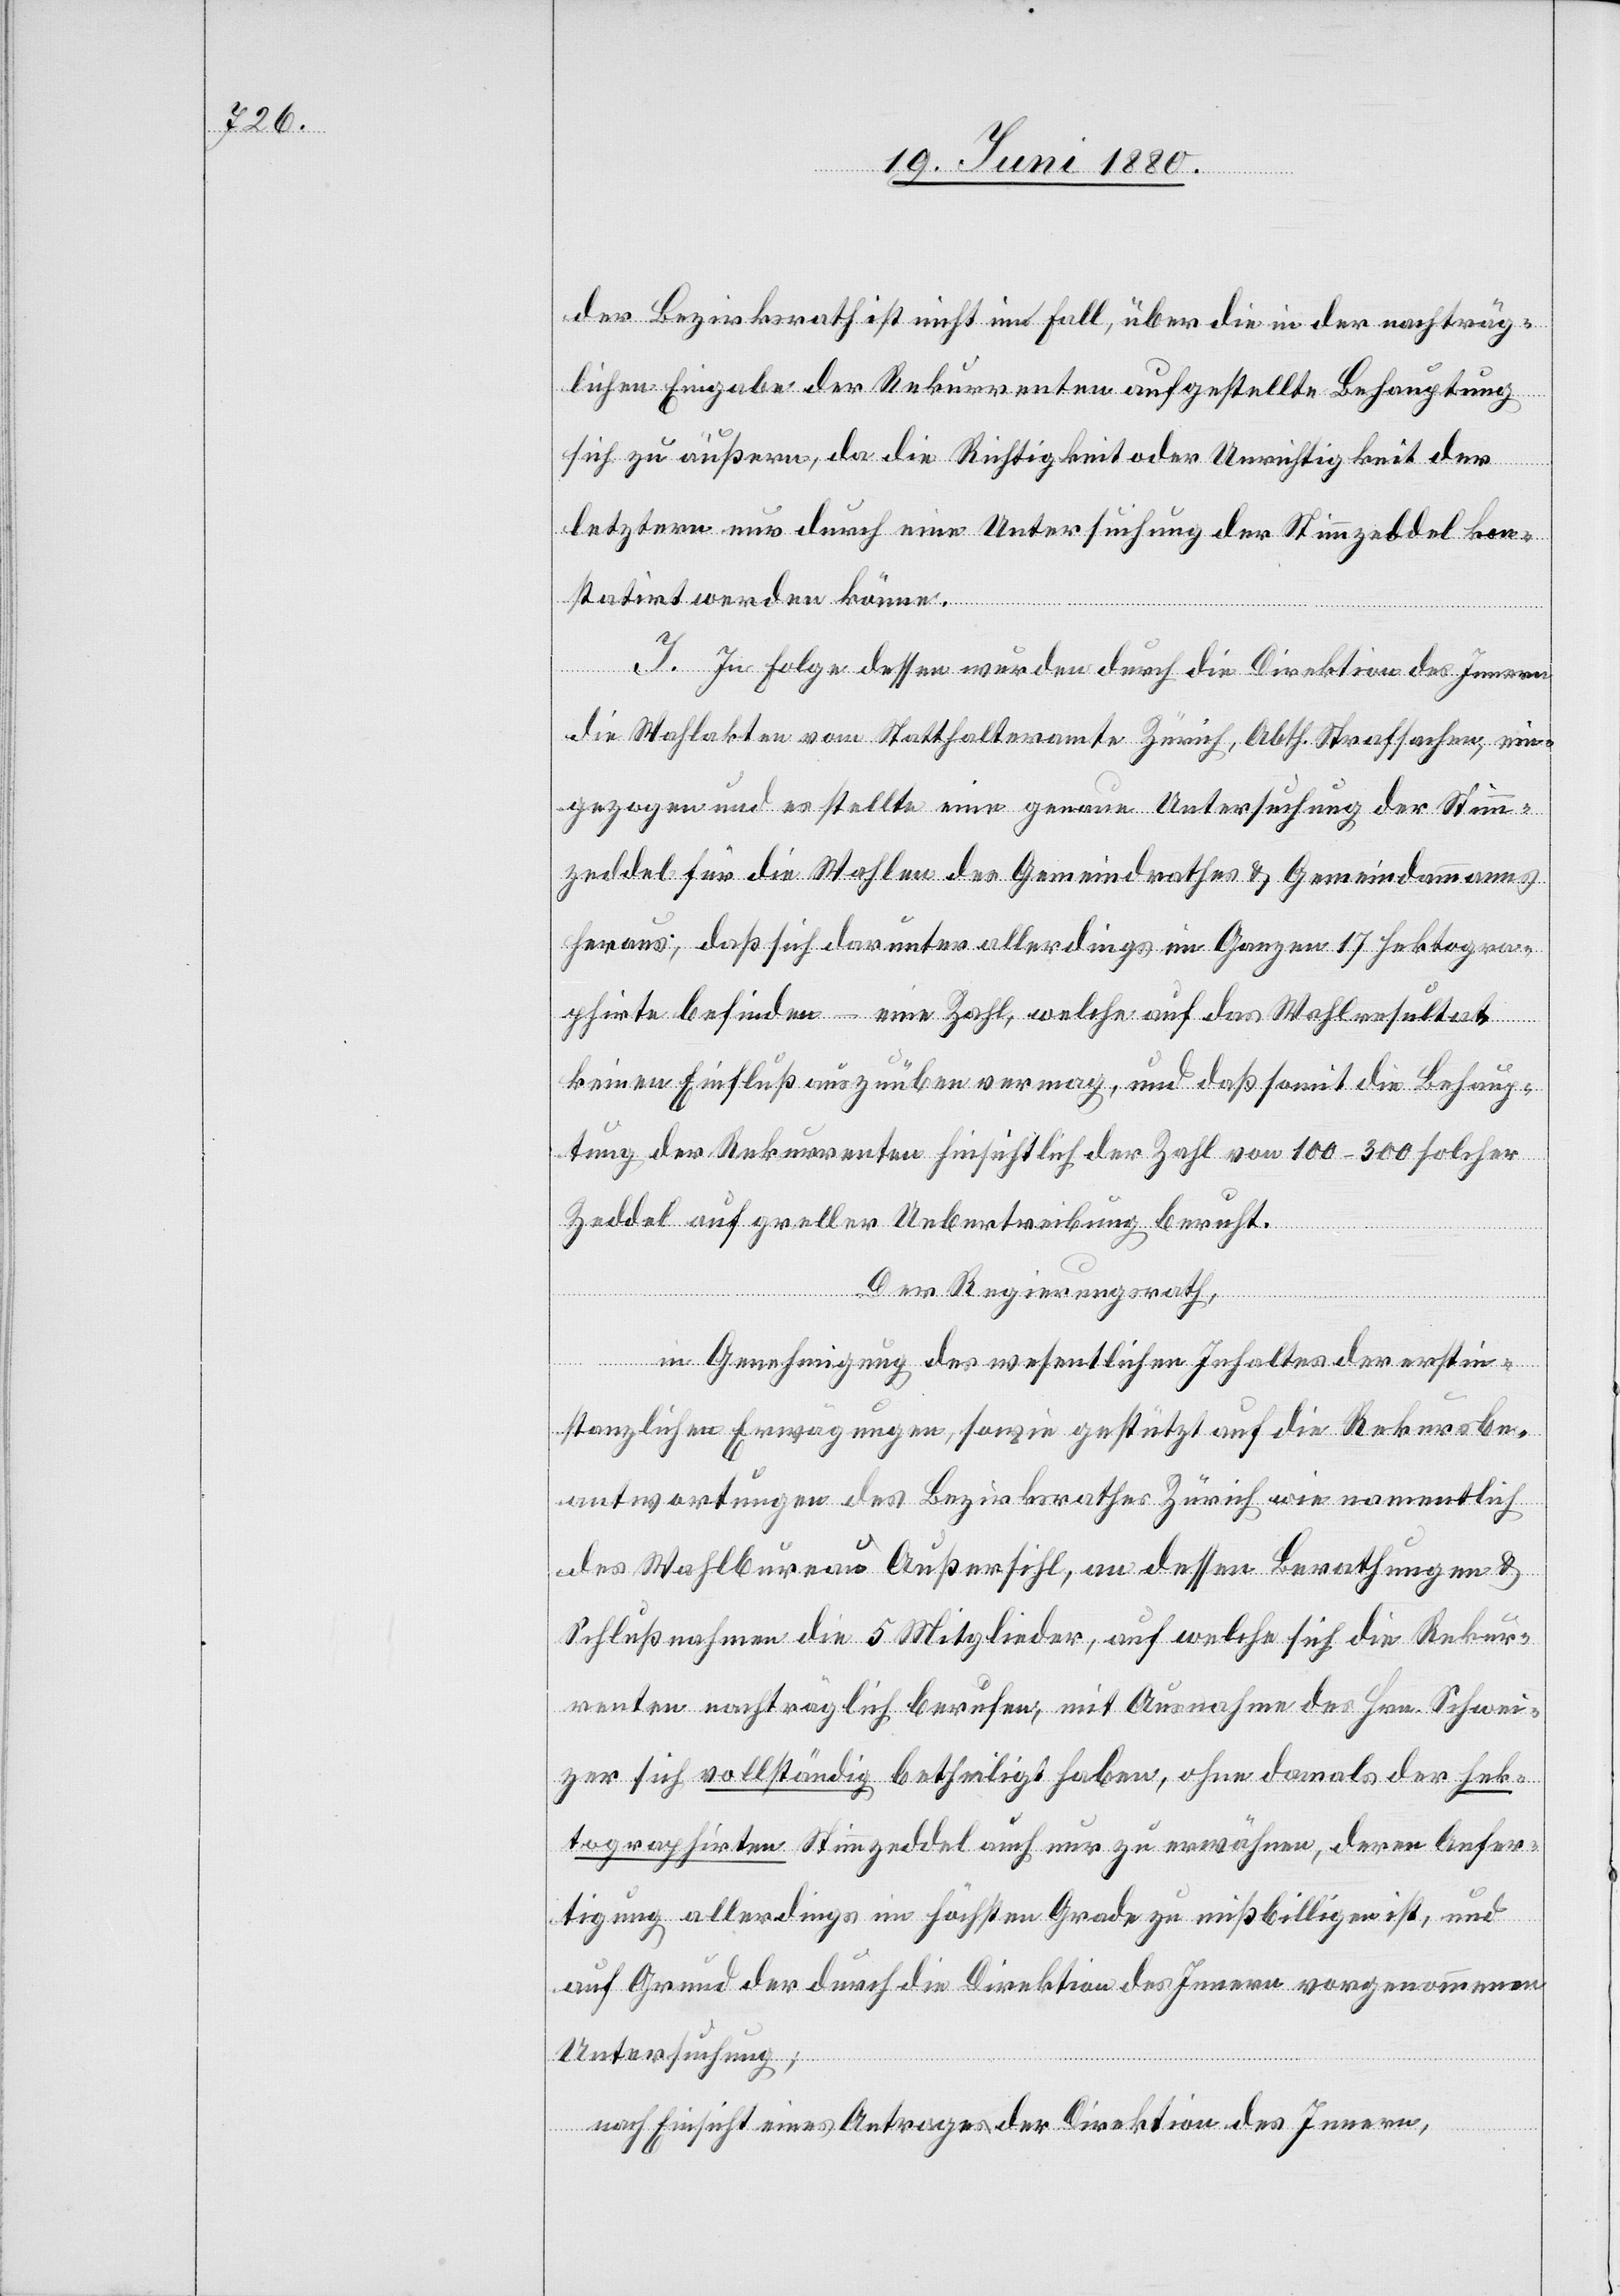
der Bezirksrath ist nicht im Fall, über die in der nachträg¬
lichen Eingabe der Rekurrenten aufgestellte Behauptung
sich zu äußern, da die Richtigkeit oder Unrichtigkeit der
letztern nur durch eine Untersuchung der Stimmzeddel kon¬
statirt werden könne.
I. In Folge dessen wurden durch die Direktion des Innern
die Wahlakten vom Statthalteramte Zürich, Abth. Strafsachen, ein¬
gezogen und es stellte eine genaue Untersuchung der Stimm¬
zeddel für die Wahlen des Gemeindrathes & Gemeindammanns
heraus, daß sich darunter allerdings im Ganzen 17 hektogra¬
phirte befinden – eine Zahl, welche auf das Wahlresultat
keinen Einfluß auszuüben vermag, und daß somit die Behaup¬
tung der Rekurrenten hinsichtlich der Zahl von 100–300 solcher
Zeddel auf greller Uebertreibung beruht.
Der Regierungsrath,
in Genehmgiung des wesentlichen Inhaltes der erstin¬
stanzlichen Erwägungen, sowie gestützt auf die Rekursbe¬
antwortung des Bezirksrathes Zürich wie namentlich
des Wahlbureau Außersihl, an dessen Berathungen &
Schlußnahmen die 5 Mitglieder, auf welche sich die Rekur¬
renten nachträglich berufen, mit Ausnahme des Hrn. Schwei¬
zer sich vollständig betheiligt haben, ohne damals der hek¬
tographirten Stimmzeddel auch nur zu erwähnen, deren Anfer¬
tigung allerdings im höchsten Grade zu mißbilligen ist, und
auf Grund der durch die Direktion des Innern vorgenommenen
Untersuchung,
nach Einsicht eines Antrages der Direktion des Innern,